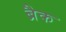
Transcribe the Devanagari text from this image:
ब्रैक